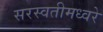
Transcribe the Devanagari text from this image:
सरस्वतीमध्वरे